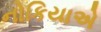
નોકિયાએ